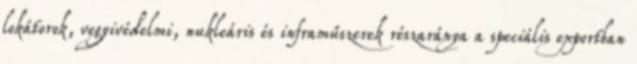
lokátorok, vegyivédelmi, nukleáris és inframűszerek részaránya a speciális exportban